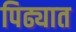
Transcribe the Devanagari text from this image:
पिढ्यात